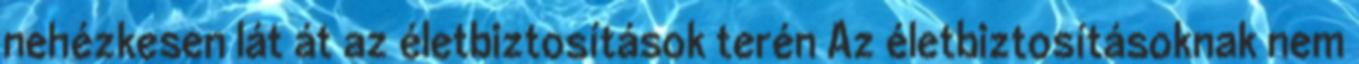
nehézkesen lát át az életbiztosítások terén Az életbiztosításoknak nem